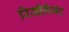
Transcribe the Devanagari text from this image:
रिसीपियंट